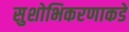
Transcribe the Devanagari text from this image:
सुशोभिकरणाकडे